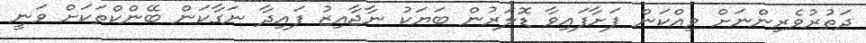
ދަތުރުވެރިންނަށް ވިއްކަން ފަށާފައިވާ ޑޮލަރުން ބަޔަކު ނާޖާއިޒު ފައިދާ ނަގާކަން ބޭންކްތަކަށް ވަނީ